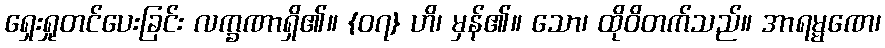
ရှေးရှုတင်ပေးခြင်း လက္ခဏာရှိ၏။ {၀၇} ဟိ၊ မှန်၏။ သော၊ ထိုဝိတက်သည်။ အာရမ္မဏေ၊